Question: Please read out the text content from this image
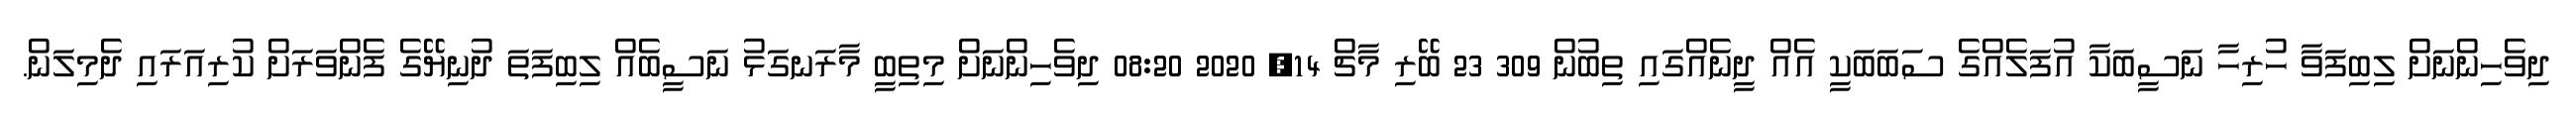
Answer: ދިވެހިންނަށް ލިބިފަވާ ހުރިހާ ނަސީބަކާ އުފަލެއްގެ ސަބަބަކީ އެއް ދީނެއްގައި ތިބުން 309 23 ބޭރި މާޗް 14, 2020 08:20 ދިވެހިންނަށް މިތިބީ މާރަނގަޅު ނަސީބެއް ލިބިފަތަ ދުނިޔޭގެ ފެންވަރަށް ކުރިއަރައި ދެމިލަން.